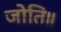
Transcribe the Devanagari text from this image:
जोति॥